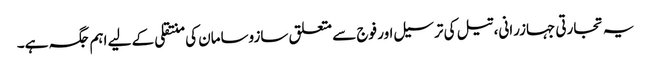
یہ تجارتی جہازرانی، تیل کی ترسیل اور فوج سے متعلق سازوسامان کی منتقلی کے لیے اہم جگہ ہے۔